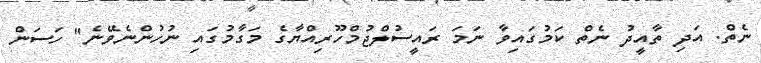
ނެތް. އަދި ތާއީދު ނެތް ކަމުގައިވާ ނަމަ ރައީސުލްޖުމްހޫރިއްޔާގެ މަގާމުގައި ނުހުންނެވޭނެ" ހަސަން